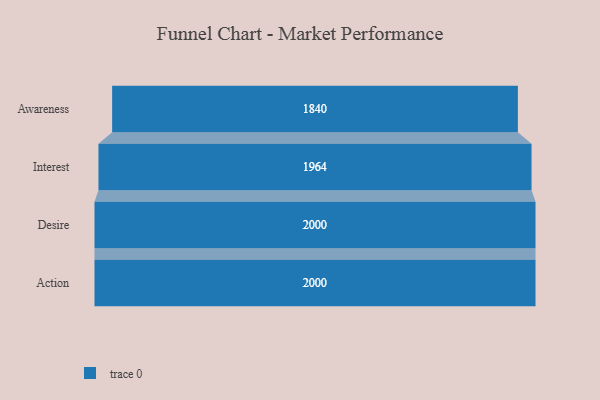
{"axis": {"x": "Stage", "y": "Value"}, "legend": [""], "data": [{"x": "Awareness", "y": 1840.0, "type": ""}, {"x": "Interest", "y": 1964.0, "type": ""}, {"x": "Desire", "y": 2000, "type": ""}, {"x": "Action", "y": 2000, "type": ""}]}